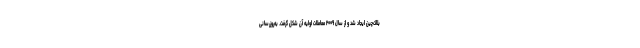
بلاک‌چین ایجاد شد و از سال ۲۰۰۹ معاملات اولیه آن شکل گرفت. به‌روزرسانی